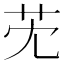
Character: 䒞